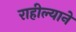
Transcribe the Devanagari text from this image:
राहील्याने